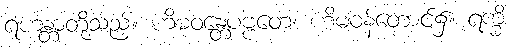
ရဟန္တာတို့သည်။ ဟိမဝန္တေပဗ္ဗတေ၊ ဟိမဝန်တောင်၌။ ရက္ခိ